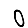
Digit: 0